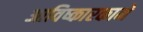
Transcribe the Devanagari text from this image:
आविष्कारकाने